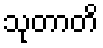
သုတာတိ